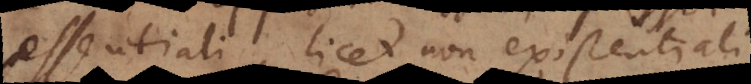
essentiali, licet non existentiali,